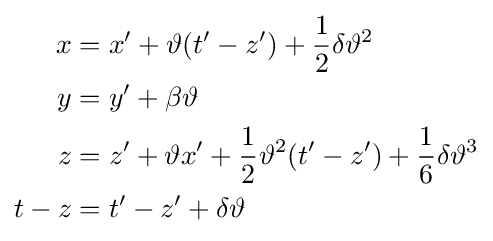
\scriptstyle {\begin{aligned}x&=x'+\vartheta (t'-z')+{\frac {1}{2}}\delta \vartheta ^{2}\\y&=y'+\beta \vartheta \\z&=z'+\vartheta x'+{\frac {1}{2}}\vartheta ^{2}(t'-z')+{\frac {1}{6}}\delta \vartheta ^{3}\\t-z&=t'-z'+\delta \vartheta \end{aligned}}